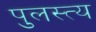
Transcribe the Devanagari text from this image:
पुलस्‍त्‍य